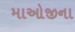
માઓજીના